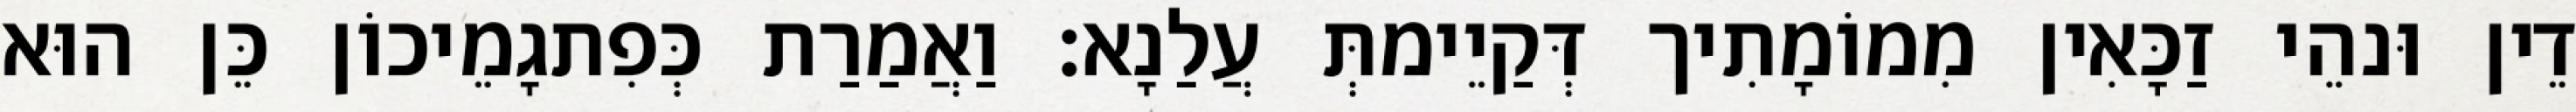
דֵין וּנהֵי זַכָּאִין מִמוֹמָתִיך דְּקַיֵימתְּ עֲלַנָא׃ וַאֲמַרַת כְּפִתגָמֵיכוֹן כֵּן הוּא